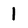
Character: 1